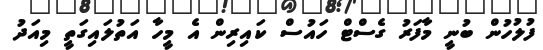
ފުލުހުން ބުނީ މާފަރު ގެސްޓް ހައުސް ކައިރިން އެ މީހާ އަތުލައިގަތީ މިއަދު